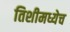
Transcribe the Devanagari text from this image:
तिशीमध्येच